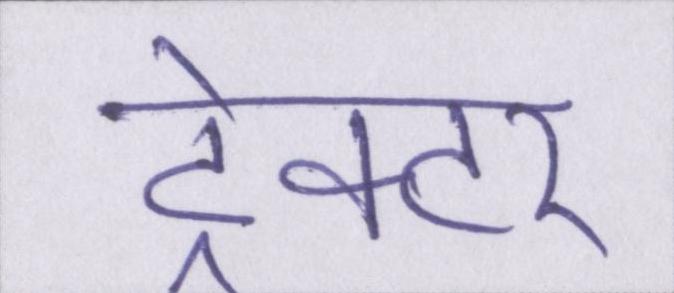
ट्रेक्टर